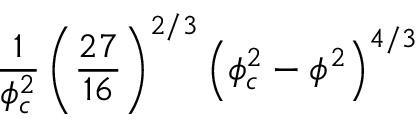
\frac { 1 } { \phi _ { c } ^ { 2 } } \left( \frac { 2 7 } { 1 6 } \right) ^ { 2 / 3 } \left( \phi _ { c } ^ { 2 } - \phi ^ { 2 } \right) ^ { 4 / 3 }